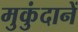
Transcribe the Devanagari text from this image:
मुकुंदानें